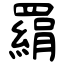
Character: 羂